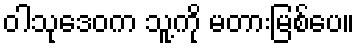
ဝါသုဒေဝက သူ့ကို မတားမြစ်ပေ။